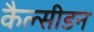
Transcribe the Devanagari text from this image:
कैल्सीडन